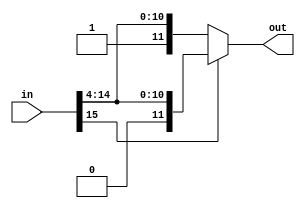
`timescale 1ns / 1ps

module Offset_Truncamiento(in,out
    );
input wire [27:0] in;
output wire [11:0] out;


assign out= (in[15]==1'b0)?{1'b1,in[14:4]}:{1'b0,in[14:4]};


endmodule